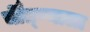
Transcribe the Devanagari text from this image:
चेौत्ण्याला